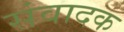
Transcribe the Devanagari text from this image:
संवादक